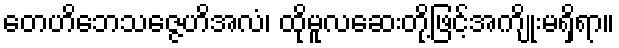
တေဟိဘေသဇ္ဇေဟိအလံ၊ ထိုမူလဆေးတို့ဖြင့်အကျိုးမရှိရာ။